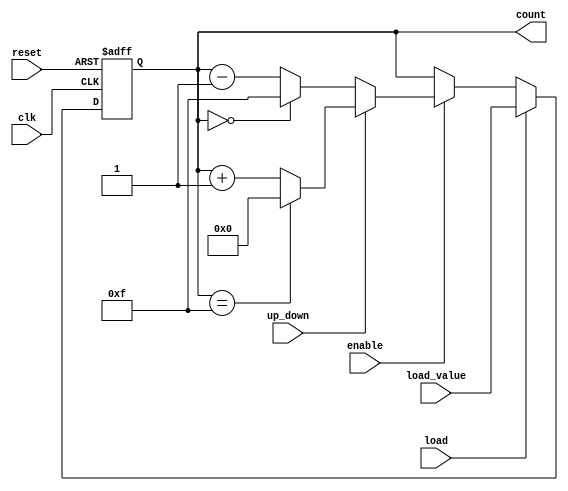
module synchronous_counter #(
    parameter N = 4  // Bit width of the counter
) (
    input wire clk,                // Clock signal
    input wire reset,              // Asynchronous reset signal
    input wire enable,             // Enable signal for counting
    input wire load,               // Load signal
    input wire [N-1:0] load_value, // Value to load when load is asserted
    input wire up_down,            // Counting direction: 1 for up, 0 for down
    output reg [N-1:0] count       // Current count value
);

    // Always block for synchronous logic
    always @(posedge clk or posedge reset) begin
        if (reset) begin
            // Reset the counter to zero
            count <= {N{1'b0}};
        end else if (load) begin
            // Load the specified value into the counter
            count <= load_value;
        end else if (enable) begin
            // Up counting
            if (up_down) begin
                if (count == {N{1'b1}}) begin
                    // Wrap around to zero
                    count <= {N{1'b0}};
                end else begin
                    count <= count + 1;
                end
            end else begin
                // Down counting
                if (count == {N{1'b0}}) begin
                    // Wrap around to max value
                    count <= {N{1'b1}};
                end else begin
                    count <= count - 1;
                end
            end
        end
    end

endmodule